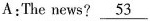
A:The news? \underline{53}